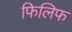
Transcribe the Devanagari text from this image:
फिलिफ